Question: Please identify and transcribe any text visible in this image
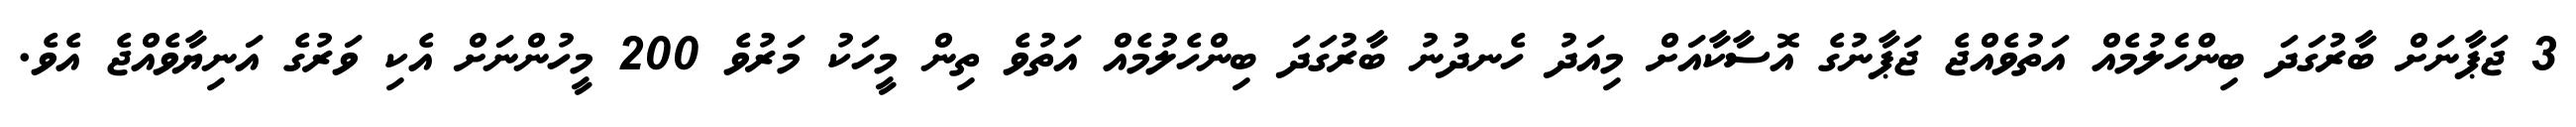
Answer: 3 ޖަޕާނަށް ބާރުގަދަ ބިންހެލުމެއް އަތުވެއްޖެ ޖަޕާނުގެ އޮސާކާއަށް މިއަދު ހެނދުނު ބާރުގަދަ ބިންހެލުމެއް އަތުވެ ތިން މީހަކު މަރުވެ 200 މީހުންނަށް އެކި ވަރުގެ އަނިޔާވެއްޖެ އެވެ.